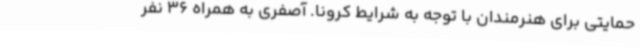
حمایتی برای هنرمندان با توجه به شرایط کرونا. آصفری به همراه 36 نفر